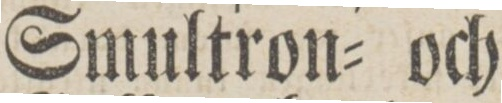
Smultron= och